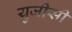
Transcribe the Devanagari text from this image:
युजीसी